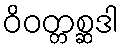
ဝိဝတ္တစ္ဆဒါ